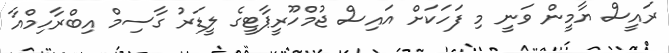
ރައީސް ޔާމީން ވަނީ މި ފަހަކަށް އައިސް ޖުމްހޫރީޕާޓީގެ ލީޑަރު ގާސިމް އިބްރާހިމްއާ